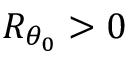
R _ { \theta _ { 0 } } > 0